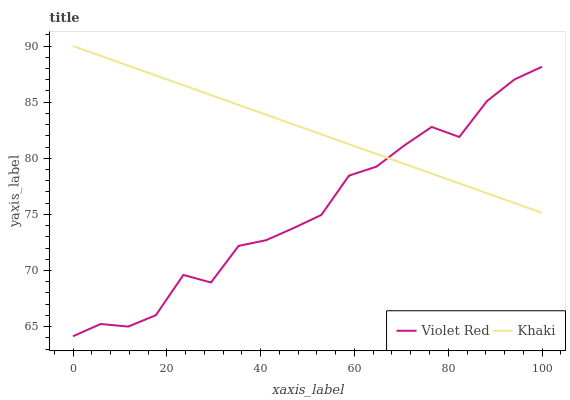
| xaxis_label | Violet Red | Khaki |
 | --- | --- | --- |
 | 0 | 64.1 | 90 |
 | 5.88 | 65.2 | 89.1 |
 | 11.8 | 65 | 88.3 |
 | 17.6 | 66 | 87.4 |
 | 23.5 | 69.6 | 86.5 |
 | 29.4 | 68.9 | 85.6 |
 | 35.3 | 72.2 | 84.8 |
 | 41.2 | 72.7 | 83.9 |
 | 47.1 | 73.8 | 83 |
 | 52.9 | 74.9 | 82.1 |
 | 58.8 | 78.4 | 81.3 |
 | 64.7 | 79.3 | 80.4 |
 | 70.6 | 81.1 | 79.5 |
 | 76.5 | 82.8 | 78.6 |
 | 82.4 | 81.9 | 77.8 |
 | 88.2 | 85.1 | 76.9 |
 | 94.1 | 87 | 76 |
 | 100 | 88.2 | 75.1 |